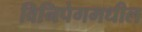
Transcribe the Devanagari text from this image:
विनिपेगमधील